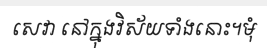
សេវា នៅក្នុងវិស័យទាំងនោះ។មុំ